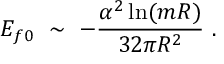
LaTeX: { \cal E } _ { f 0 } \ \sim \ - \frac { \alpha ^ { 2 } \ln ( m R ) } { 3 2 \pi R ^ { 2 } } \ .